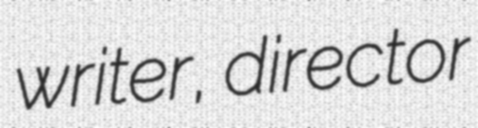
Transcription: writer, director